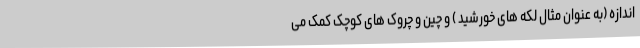
اندازه (به عنوان مثال لکه های خورشید ) و چین و چروک های کوچک کمک می